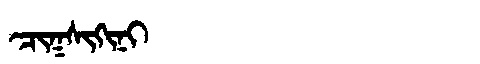
Manchu: ᠴᡳᡴᠰᡳᡴᡳᠨᡳ
Romanization: CIKSIKINI